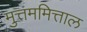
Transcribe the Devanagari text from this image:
मुत्तममित्ताल